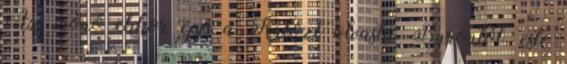
Az írónő ekkor épp a Kalózt olvasta Byrontól, este